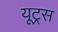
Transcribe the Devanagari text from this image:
यूट्रस